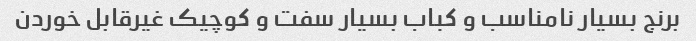
برنج بسیار نامناسب و کباب بسیار سفت و کوچیک غیرقابل خوردن